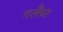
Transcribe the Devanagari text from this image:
गलैंचा